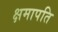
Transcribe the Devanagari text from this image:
क्षमापति